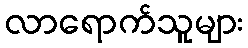
လာရောက်သူများ